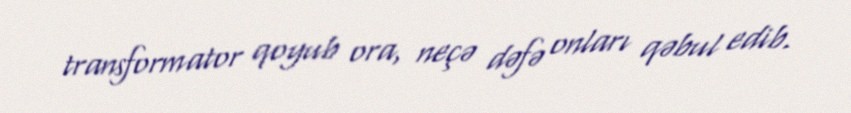
transformator qoyub ora, neçə dəfə onları qəbul edib.